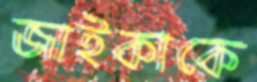
জাইকাকে